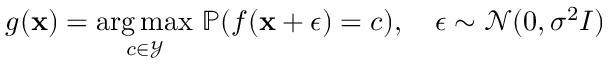
\begin{array} { r } { g ( \mathbf { x } ) = \underset { c \in \mathcal Y } { \arg \operatorname* { m a x } } ~ \mathbb P ( f ( \mathbf { x } + \epsilon ) = c ) , \quad \epsilon \sim \mathcal N ( 0 , \sigma ^ { 2 } I ) } \end{array}